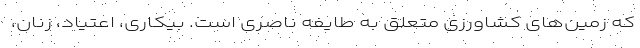
که زمین‌های کشاورزی متعلق به طایفه ناصری است. بیکاری، اعتیاد، زنان،